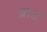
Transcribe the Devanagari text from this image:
ब्रात